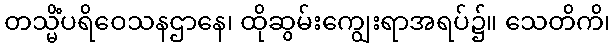
တသ္မိံပရိဝေသနဌာနေ၊ ထိုဆွမ်းကျွေးရာအရပ်၌။ သေတိကိ၊